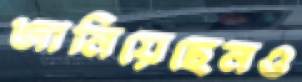
জানিয়েছেনও